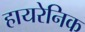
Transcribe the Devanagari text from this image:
हायरेनिक